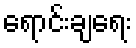
ရောင်းချရေး